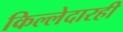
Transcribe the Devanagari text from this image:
किल्लेदारही